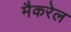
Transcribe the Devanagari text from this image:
मैकरेल